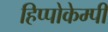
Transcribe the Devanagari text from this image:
हिप्पोकेम्पी